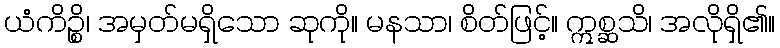
ယံကိဉ္စိ၊ အမှတ်မရှိသော ဆုကို။ မနသာ၊ စိတ်ဖြင့်။ ဣစ္ဆသိ၊ အလိုရှိ၏။